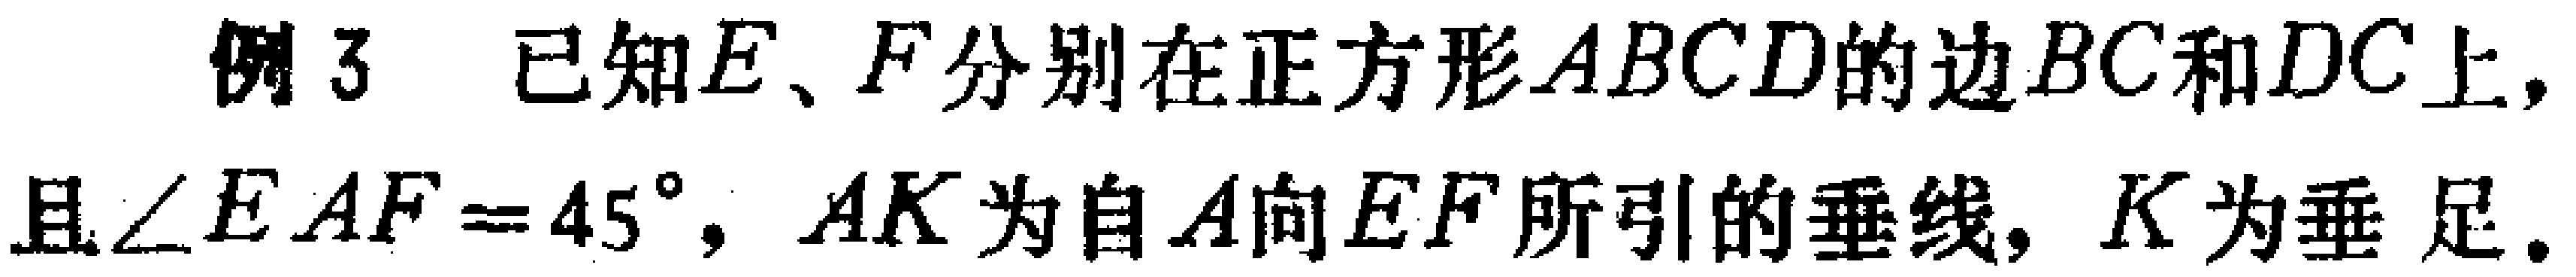
例3 已知\(E、F\)分别在正方形\(ABCD\)的边\(BC\)和\(DC\)上，且\(\angle EAF = 45^{\circ}\)，\(AK\)为自\(A\)向\(EF\)所引的垂线，\(K\)为垂足。